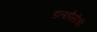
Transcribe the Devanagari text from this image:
डलहौसीची